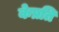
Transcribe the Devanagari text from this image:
केप्रति